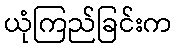
ယုံကြည်ခြင်းက